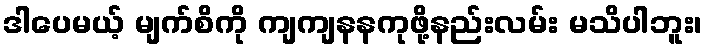
ဒါပေမယ့် မျက်စိကို ကျကျနနကုဖို့နည်းလမ်း မသိပါဘူး၊